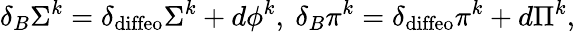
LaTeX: \delta_{B}\Sigma^{k}=\delta_{\mathrm{diffeo}}\Sigma^{k}+d\phi^{k},~\delta_{B}\pi^{k}=\delta_{\mathrm{diffeo}}\pi^{k}+d\Pi^{k},